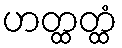
ဟတ္ထတ္ထံ